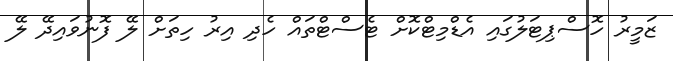
ޒަމީރު ހޮސްޕިޓަލުގައި އެޑްމިޓްކޮށް ޓެސްޓްތައް ހެދި އިރު ހިތަށް ލޭ ފޮނުވައިދޭ ލޭ